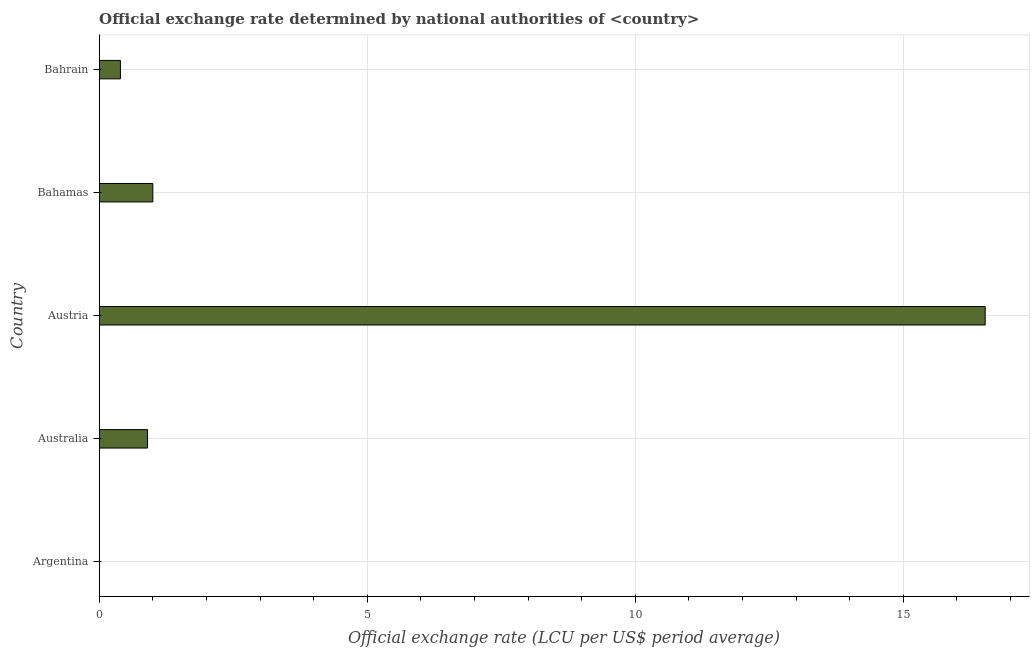
| Country | Official exchange rate |
 | --- | --- |
 | Argentina | 4.08e-09 |
 | Australia | 0.902 |
 | Austria | 16.5 |
 | Bahamas | 1 |
 | Bahrain | 0.396 |